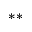
^ { * * }